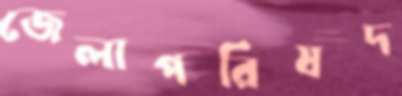
জেলাপরিষদ